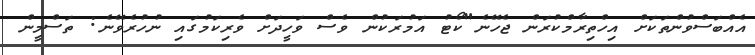
އެއްބަސްވުންތަކަށް އިހްތިރާމްކުރަން ޖެހޭނެ"ކޯޓު އަމުރަކުން ވެސް ވަހީދަށް ވެރިކަމުގައި ނުހުރެވޭނެ: ތަސްމީން